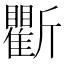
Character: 𣃖